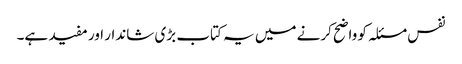
نفس مسئلہ کو واضح کرنے میں یہ کتاب بڑی شاندار اور مفید ہے۔